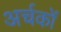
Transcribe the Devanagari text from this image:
अर्चकों